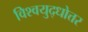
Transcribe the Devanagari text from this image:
विश्वयुद्धोत्तर